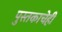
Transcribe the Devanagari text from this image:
पुस्तकाचेही